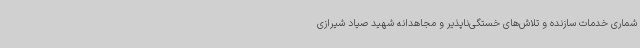
شماری خدمات سازنده و تلاش‌های خستگی‌ناپذیر و مجاهدانه شهید صیاد شیرازی